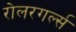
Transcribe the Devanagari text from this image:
रोलरगर्ल्स